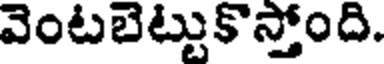
వెంటబెట్టుకొస్తోంది.